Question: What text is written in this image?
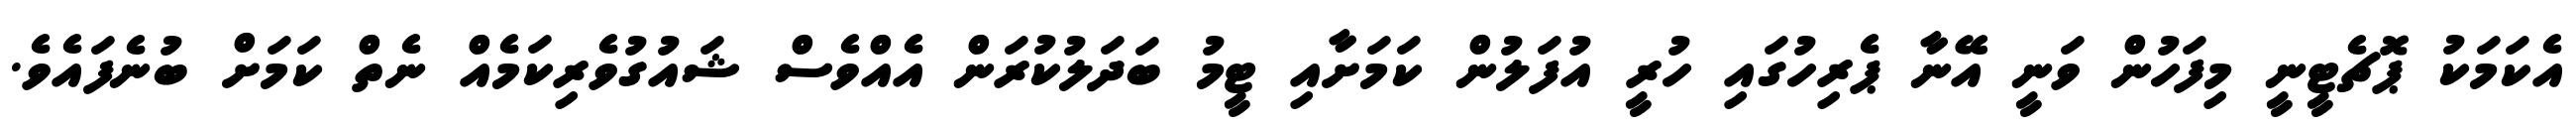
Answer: އެކަމަކު ޕޮޗެޓީނީ މިފަހުން ވަނީ އޭނާ ޕެރިހުގައި ހުރީ އުފަލުން ކަމަށާއި ޓީމު ބަދަލުކުރަން އެއްވެސް ޝައުގުވެރިކަމެއް ނެތް ކަމަށް ބުނެފައެވެ.